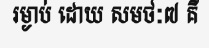
រម្ងាប់ ដោយ សមថៈ៧ គឺ